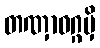
တဏှာဝဂ္ဂမှိ